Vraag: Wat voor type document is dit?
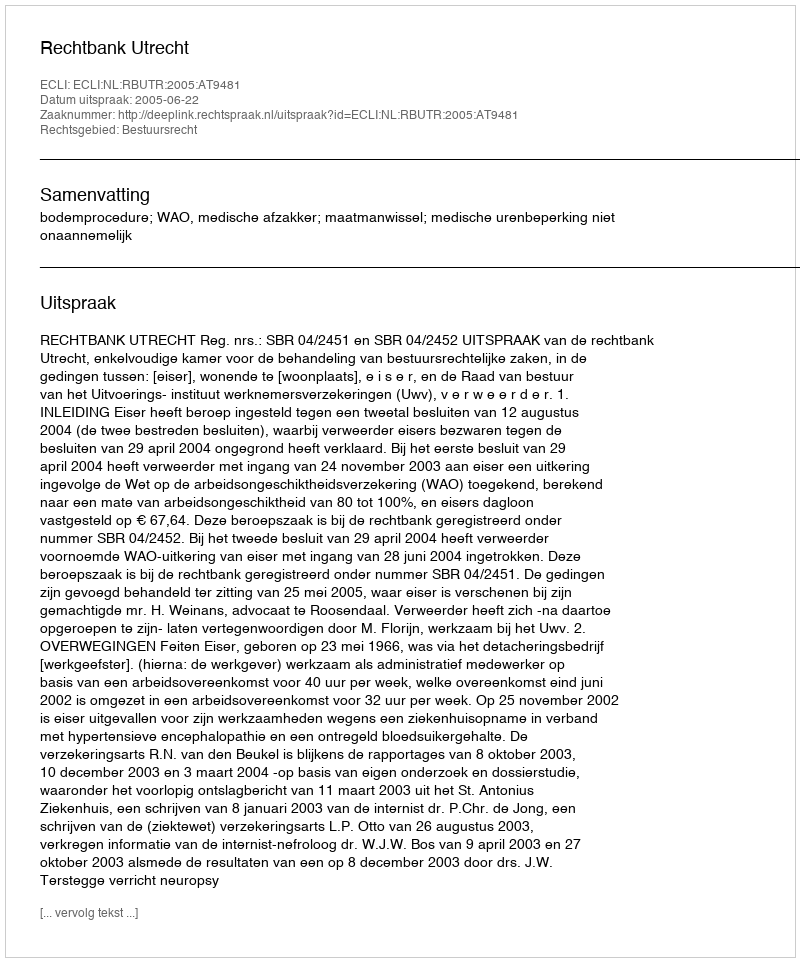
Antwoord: Uitspraak